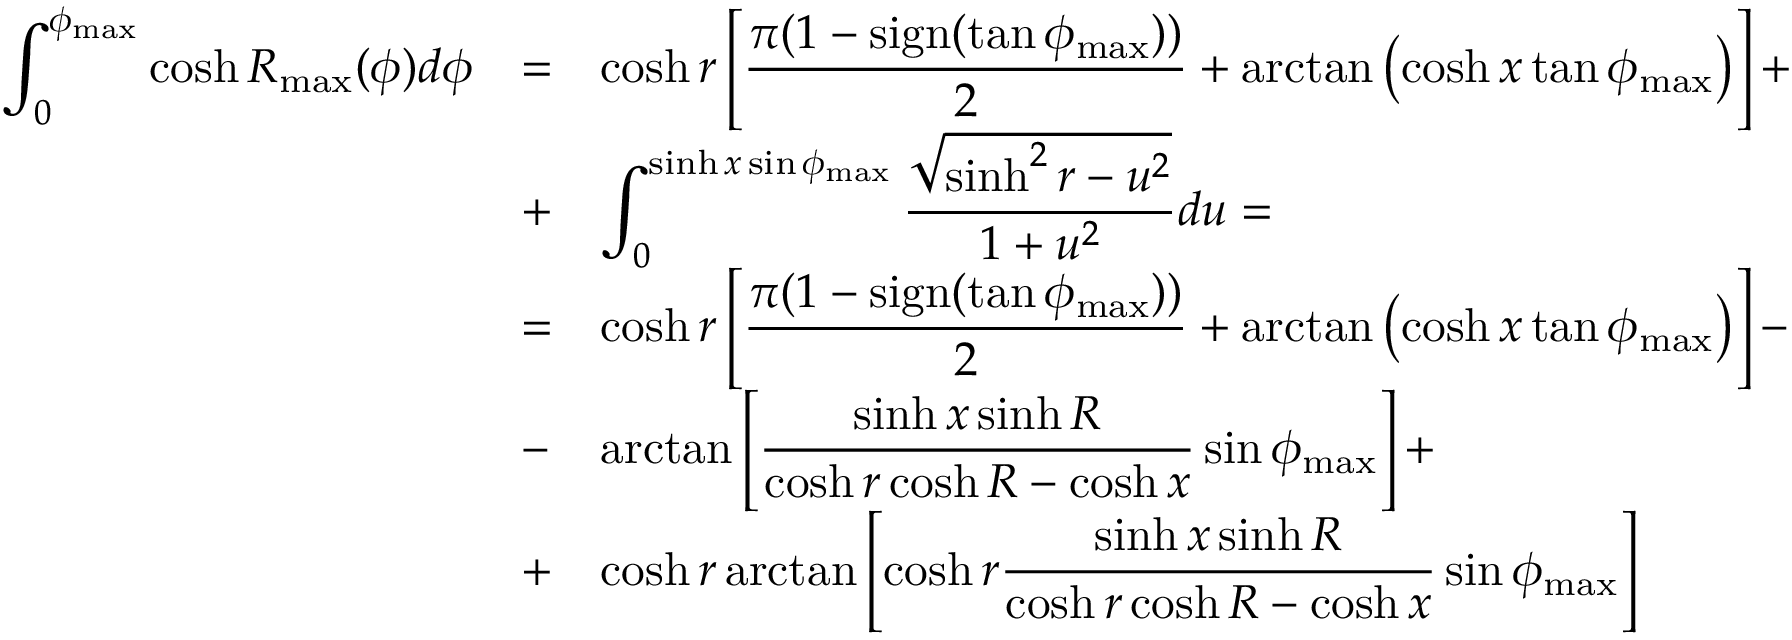
\begin{array} { r l l } { \displaystyle \int _ { 0 } ^ { \phi _ { \operatorname* { m a x } } } \cosh R _ { \operatorname* { m a x } } ( \phi ) d \phi } & { = } & { \displaystyle \cosh r \left[ \frac { \pi ( 1 - \mathrm { s i g n } ( \tan \phi _ { \operatorname* { m a x } } ) ) } { 2 } + \arctan \left( \cosh x \tan \phi _ { \operatorname* { m a x } } \right) \right] + \medskip } \\ & { + } & { \displaystyle \int _ { 0 } ^ { \sinh x \sin \phi _ { \operatorname* { m a x } } } \frac { \sqrt { \sinh ^ { 2 } r - u ^ { 2 } } } { 1 + u ^ { 2 } } d u = \medskip } \\ & { = } & { \displaystyle \cosh r \left[ \frac { \pi ( 1 - \mathrm { s i g n } ( \tan \phi _ { \operatorname* { m a x } } ) ) } { 2 } + \arctan \left( \cosh x \tan \phi _ { \operatorname* { m a x } } \right) \right] - \medskip } \\ & { - } & { \displaystyle \arctan \left[ \frac { \sinh x \sinh R } { \cosh r \cosh R - \cosh x } \sin \phi _ { \operatorname* { m a x } } \right] + \medskip } \\ & { + } & { \displaystyle \cosh r \arctan \left[ \cosh r \frac { \sinh x \sinh R } { \cosh r \cosh R - \cosh x } \sin \phi _ { \operatorname* { m a x } } \right] } \end{array}